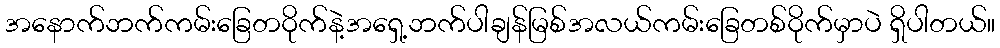
အနောက်ဘက်ကမ်းခြေတဝိုက်နဲ့အရှေ့ဘက်ပါချန်မြစ်အလယ်ကမ်းခြေတစ်ဝိုက်မှာပဲ ရှိပါတယ်။